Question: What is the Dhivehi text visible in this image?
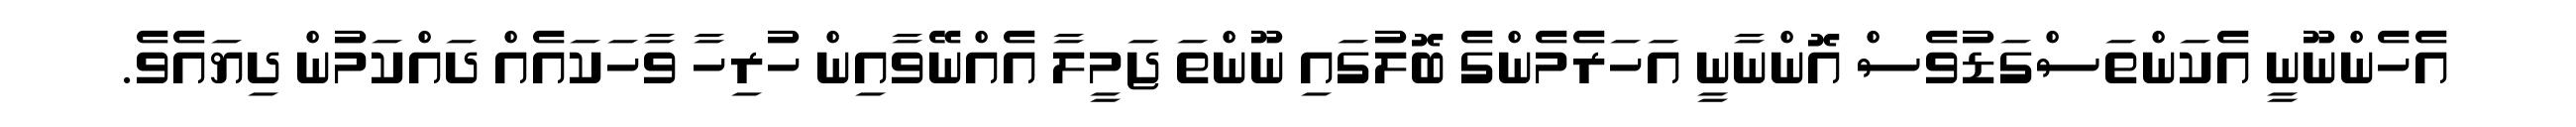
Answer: އެހެންނޫނީ އެކަންތަސްގަޑުވެސް އޮންނާނީ އަހަރެމެންގެ ބޮލުގައި ނޫންތަ ޖަމީލާ އެއްނޭވާއިން ހުރިހާ ވާހަކައެއް ދައްކަމުން ދިޔައެވެ.